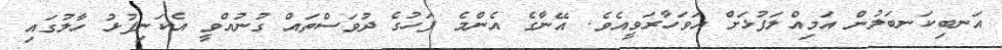
އަނބިކަނބަލުން އަމިއްލަފުޅަށް އަވަހާރަވީއެވެ. އޭނާގެ އެންމެ ފަހުގެ ދުވަސްތައް ގުނުއްވީ އެކަނިފުޅު ހާލުގައި